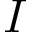
I